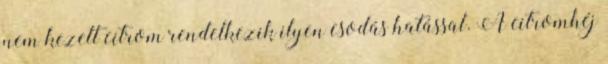
nem kezelt citrom rendelkezik ilyen csodás hatással. A citromhéj